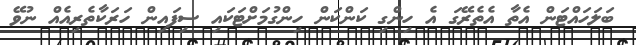
ބަލަހައްޓަން އެތާ އެތެރޭގަ އެ ހިންގި ކަންކަން ހިންގުމަށްޓަކައި ސިފައިން ހަރަކާތެރިއެއް ނުވޭ